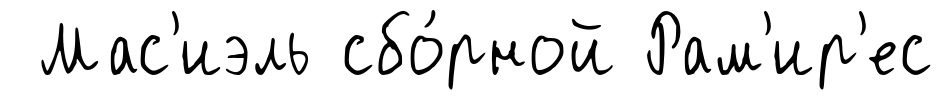
Мас'иэль сбо́рной Рам'ир'ес